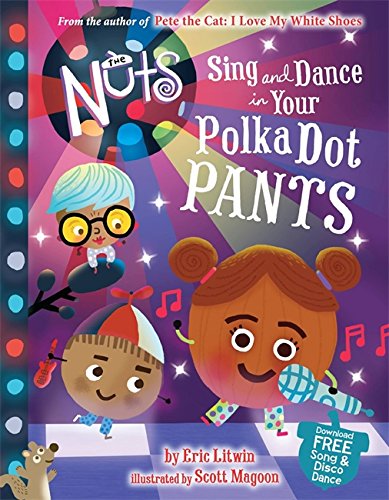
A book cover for The Nuts: Sing and Dance in Your Polka-Dot Pants; Eric Litwin; Children's Books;